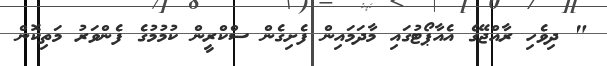
" ދިވެހި ރާއްޖޭގެ އެއާޕޯޓުގައި މާދަމައިން ފެށިގެން ސްކްރީން ކުމުމުގެ ފެންވަރު މަތިކޮން